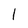
Character: l